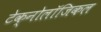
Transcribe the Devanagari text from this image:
टेक्नोलॉजिकल